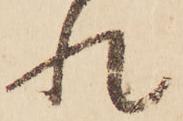
れ